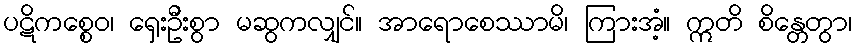
ပဋိကစ္စေဝ၊ ရှေးဦးစွာ မဆွကလျှင်။ အာရောစေဿာမိ၊ ကြားအံ့။ ဣတိ စိန္တေတွာ၊